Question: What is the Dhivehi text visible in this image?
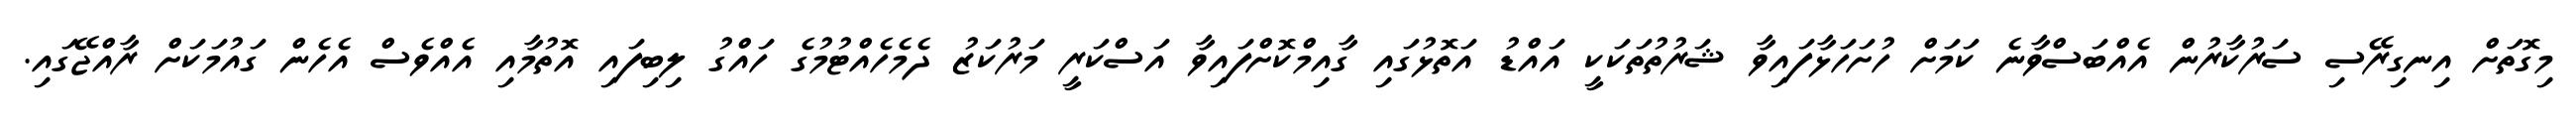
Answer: މިގޮތަށް އިނގިރޭސި ސަރުކާރުން އެއްބަސްވާނެ ކަމަށް ހުށަހަޅާފައިވާ ޝަރުތުތަކަކީ އައްޑު އަތޮޅުގައި ގާއިމްކޮށްފައިވާ އަސްކަރީ މަރުކަޒު ދެމެހެއްޓުމުގެ ހައްގު ލިބިފައި އޮތުމާއި އެއްވެސް އެހެން ގައުމަކަށް ރާއްޖޭގައި.